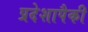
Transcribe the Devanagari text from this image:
प्रदेशापैकी